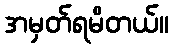
အမှတ်ရမိတယ်။